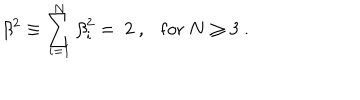
\beta ^ { 2 } \equiv \sum _ { i = 1 } ^ { N } { \beta } _ { i } ^ { 2 } = \ 2 \ , \mathrm { f o r } \ N \ge 3 \ .